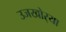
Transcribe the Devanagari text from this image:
उजखोर्‍या